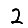
Digit: 2